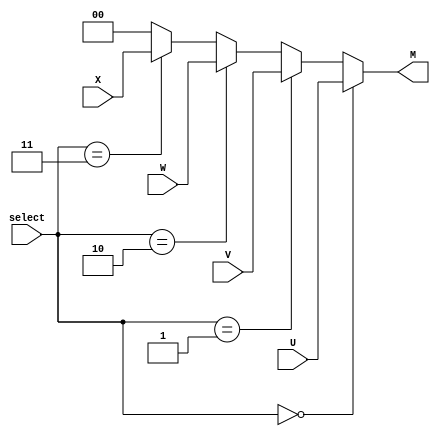
module mux4to1_2bit (
    input wire [1:0] U, V, W, X, // The 2-bit inputs U to X
    input wire [1:0] select, // The selection inputs 
    output wire [1:0] M // The multiplexer output
);
    // Behavioral description of the multiplexer using conditional operator
    assign M = (select == 2'b00) ? U :
               (select == 2'b01) ? V :
               (select == 2'b10) ? W :
               (select == 2'b11) ? X :
               2'b00; // Default case
endmodule